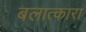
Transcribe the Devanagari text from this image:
बलात्कारा